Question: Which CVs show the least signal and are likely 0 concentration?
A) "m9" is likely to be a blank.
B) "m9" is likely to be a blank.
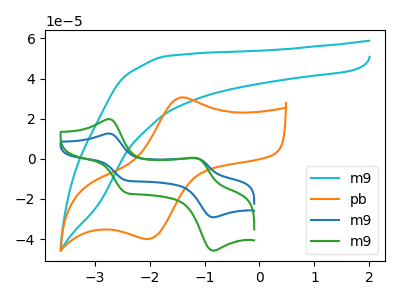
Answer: <think>The cyan curve "m9" has no peaks. The orange curve "pb" has an anodic peak at (-1.45V, 30.45uA) and a cathodic peak at (-2.05V, -40.00uA). The blue curve "m9" has anodic peaks at (-2.75V, 12.60uA) (-1.15V, 0.25uA) and cathodic peaks at (-2.45V, -10.70uA) (-0.85V, -29.15uA). The green curve "m9" has anodic peaks at (-2.75V, 19.80uA) (-1.15V, 0.45uA) and cathodic peaks at (-2.45V, -16.85uA) (-0.85V, -45.85uA).</think>
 <answer>B) "m9" is likely to be a blank.</answer>
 <eval>B</eval>